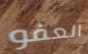
العفو